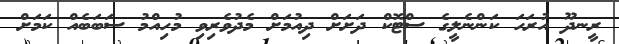
ރީނދޫ އުރަހަ ކަންނެލީގެ ސްޓޮކް ދަށަށް ދިއުމަށް މެދުވެރިވި މުހިއްމު ސަބަބެއް ކަމަށް